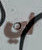
أي